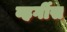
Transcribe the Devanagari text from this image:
व्हर्गीस